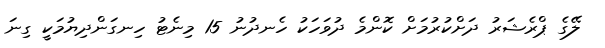
ލޭގެ ޕްރެޝަރު ދަށްކުރުމަށް ކޮންމެ ދުވަހަކު ހެނދުނު 15 މިނެޓު ހިނގަންދިޔުމަކީ ގިނަ